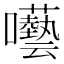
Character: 囈